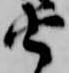
由